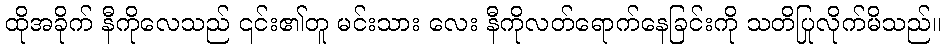
ထိုအခိုက် နီကိုလေသည် ၎င်း၏တူ မင်းသား လေး နီကိုလတ်ရောက်နေခြင်းကို သတိပြုလိုက်မိသည်။